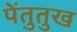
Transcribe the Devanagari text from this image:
पेंतुतुख